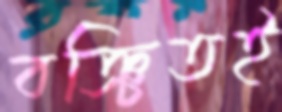
বঞ্চিতই